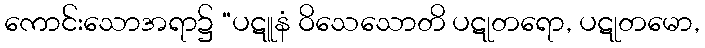
ကောင်းသောအရာ၌ “ပဋူနံ ဝိသေသောတိ ပဋုတရော, ပဋုတမော,